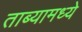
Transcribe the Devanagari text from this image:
ताब्यामध्ये